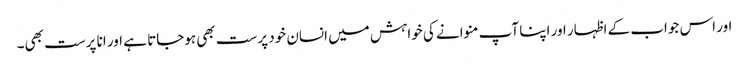
اور اس جواب کے اظہار اور اپنا آپ منوانے کی خواہش میں انسان خود پرست بھی ہوجاتا ہے اور انا پرست بھی۔